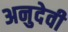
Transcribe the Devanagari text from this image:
अनुदेवी